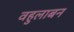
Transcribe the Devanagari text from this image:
वहुलाबन